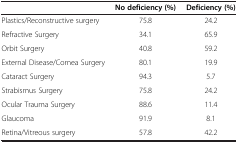
<table><thead><tr><td><b> </b></td><td><b>No deficiency (%)</b></td><td><b>Deficiency (%)</b></td></tr></thead><tbody><tr><td>Plastics/Reconstructive surgery</td><td>75.8</td><td>24.2</td></tr><tr><td>Refractive Surgery</td><td>34.1</td><td>65.9</td></tr><tr><td>Orbit Surgery</td><td>40.8</td><td>59.2</td></tr><tr><td>External Disease/Cornea Surgery</td><td>80.1</td><td>19.9</td></tr><tr><td>Cataract Surgery</td><td>94.3</td><td>5.7</td></tr><tr><td>Strabismus Surgery</td><td>75.8</td><td>24.2</td></tr><tr><td>Ocular Trauma Surgery</td><td>88.6</td><td>11.4</td></tr><tr><td>Glaucoma</td><td>91.9</td><td>8.1</td></tr><tr><td>Retina/Vitreous surgery</td><td>57.8</td><td>42.2</td></tr></tbody></table>